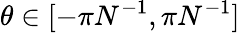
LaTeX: \theta\in\lbrack-\pi N^{-1},\pi N^{-1}]